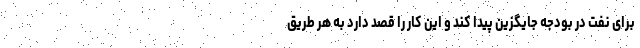
برای نفت در بودجه جایگزین پیدا کند و این کار را قصد دارد به هر طریق